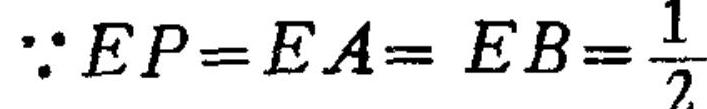
$\because EP = EA = EB=\frac{1}{2}$